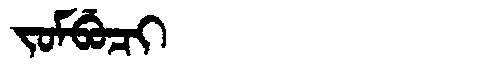
Manchu: ᠵᠣᠮᠪᡠᠴᡳ
Romanization: JOMBUCI